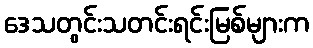
ဒေသတွင်းသတင်းရင်းမြစ်များက